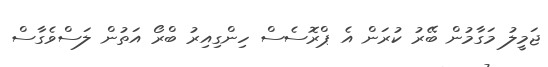
ޖަމީލު މަގާމުން ބޭރު ކުރަން އެ ޕްރޮސެސް ހިންގިއިރު ބްރޯ އަތުން ލަސްވެގާސް